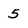
Character: 5